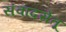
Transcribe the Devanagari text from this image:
संवादसेतू